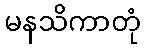
မနသိကာတုံ